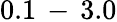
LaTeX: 0.1\, -\, 3.0